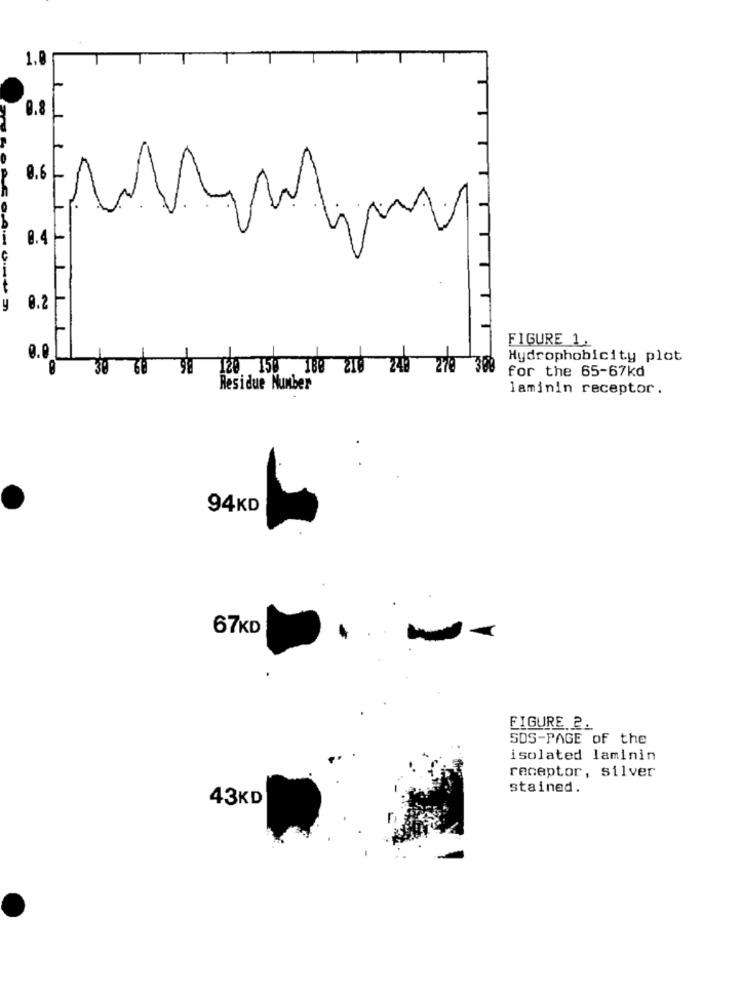
1.0
0.8
0.6
M
8.4
0.2
FIGURE 1.
0.0
Hydrophobicity plot
120 150 180 210 240
270
for the 65-67kd
Residue Number
laminin receptor.
94KD
67KD
FIGURE 2.
SOS-PAGE of the
isolated laminin
receptor, silver
stained.
43KD